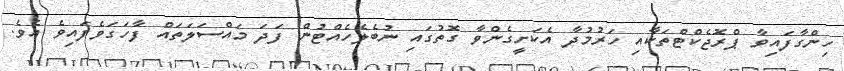
ހިންގާފައިވާ ޕްރޮޖެކްޓްތަކާއި ހަރުމުދާ އެކަށީގެންވާ ގޮތުގައި ނުބެލެެހެއްޓުން ފަދަ މައްސަލަތައް ފާހަގަވެފައިވެ އެވެ.